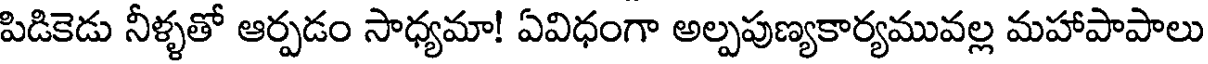
పిడికెడు నీళ్ళతో ఆర్పడం సాధ్యమా! ఏవిధంగా అల్పపుణ్యకార్యమువల్ల మహాపాపాలు